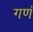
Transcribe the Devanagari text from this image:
गणं